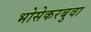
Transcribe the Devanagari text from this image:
भोसेकरबुवा